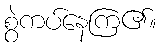
စွဲကပ်နေကြ၏။